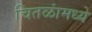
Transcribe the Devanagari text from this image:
चितळांमध्ये